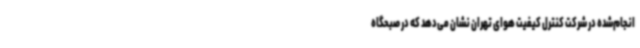
انجام‌شده در شرکت کنترل کیفیت هوای تهران نشان می‌دهد که در صبحگاه